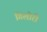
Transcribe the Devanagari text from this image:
गिलोरी